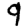
Digit: 9